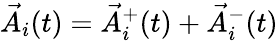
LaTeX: \vec{A}_{i}(t)=\vec{A}_{i}^{+}(t)+\vec{A}_{i}^{-}(t)